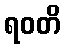
ရဝတိ